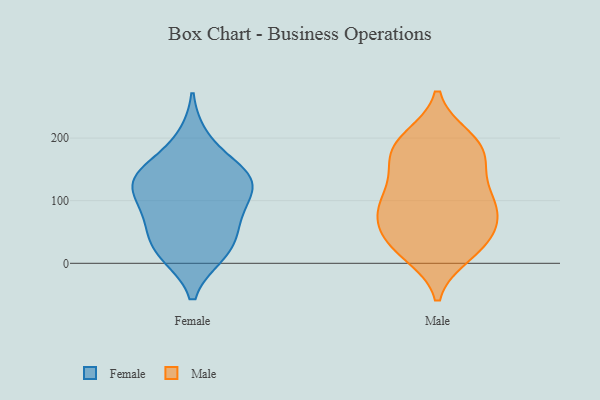
{"axis": {"x": "Bounce Rate (%)", "y": "Value"}, "legend": ["Female", "Male"], "data": [{"x": "", "y": 126, "type": "Female"}, {"x": "", "y": 15, "type": "Female"}, {"x": "", "y": 139, "type": "Female"}, {"x": "", "y": 28, "type": "Female"}, {"x": "", "y": 64, "type": "Female"}, {"x": "", "y": 16, "type": "Female"}, {"x": "", "y": 59, "type": "Female"}, {"x": "", "y": 145, "type": "Female"}, {"x": "", "y": 199, "type": "Female"}, {"x": "", "y": 141, "type": "Female"}, {"x": "", "y": 96, "type": "Female"}, {"x": "", "y": 135, "type": "Female"}, {"x": "", "y": 100, "type": "Female"}, {"x": "", "y": 88, "type": "Male"}, {"x": "", "y": 90, "type": "Male"}, {"x": "", "y": 111, "type": "Male"}, {"x": "", "y": 88, "type": "Male"}, {"x": "", "y": 20, "type": "Male"}, {"x": "", "y": 66, "type": "Male"}, {"x": "", "y": 174, "type": "Male"}, {"x": "", "y": 185, "type": "Male"}, {"x": "", "y": 178, "type": "Male"}, {"x": "", "y": 110, "type": "Male"}, {"x": "", "y": 41, "type": "Male"}, {"x": "", "y": 41, "type": "Male"}, {"x": "", "y": 72, "type": "Male"}, {"x": "", "y": 26, "type": "Male"}, {"x": "", "y": 200, "type": "Male"}, {"x": "", "y": 199, "type": "Male"}, {"x": "", "y": 140, "type": "Male"}, {"x": "", "y": 15, "type": "Male"}, {"x": "", "y": 160, "type": "Male"}]}